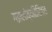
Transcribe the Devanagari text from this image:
गझलांव्यतिरिक्त